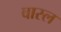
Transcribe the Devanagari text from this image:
वास्ल